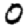
Digit: 0